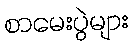
စာမေးပွဲများ